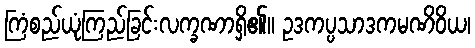
ကြံစည်ယုံကြည်ခြင်းလက္ခဏာရှိ၏။ ဥဒကပ္ပသာဒကမဏိဝိယ၊